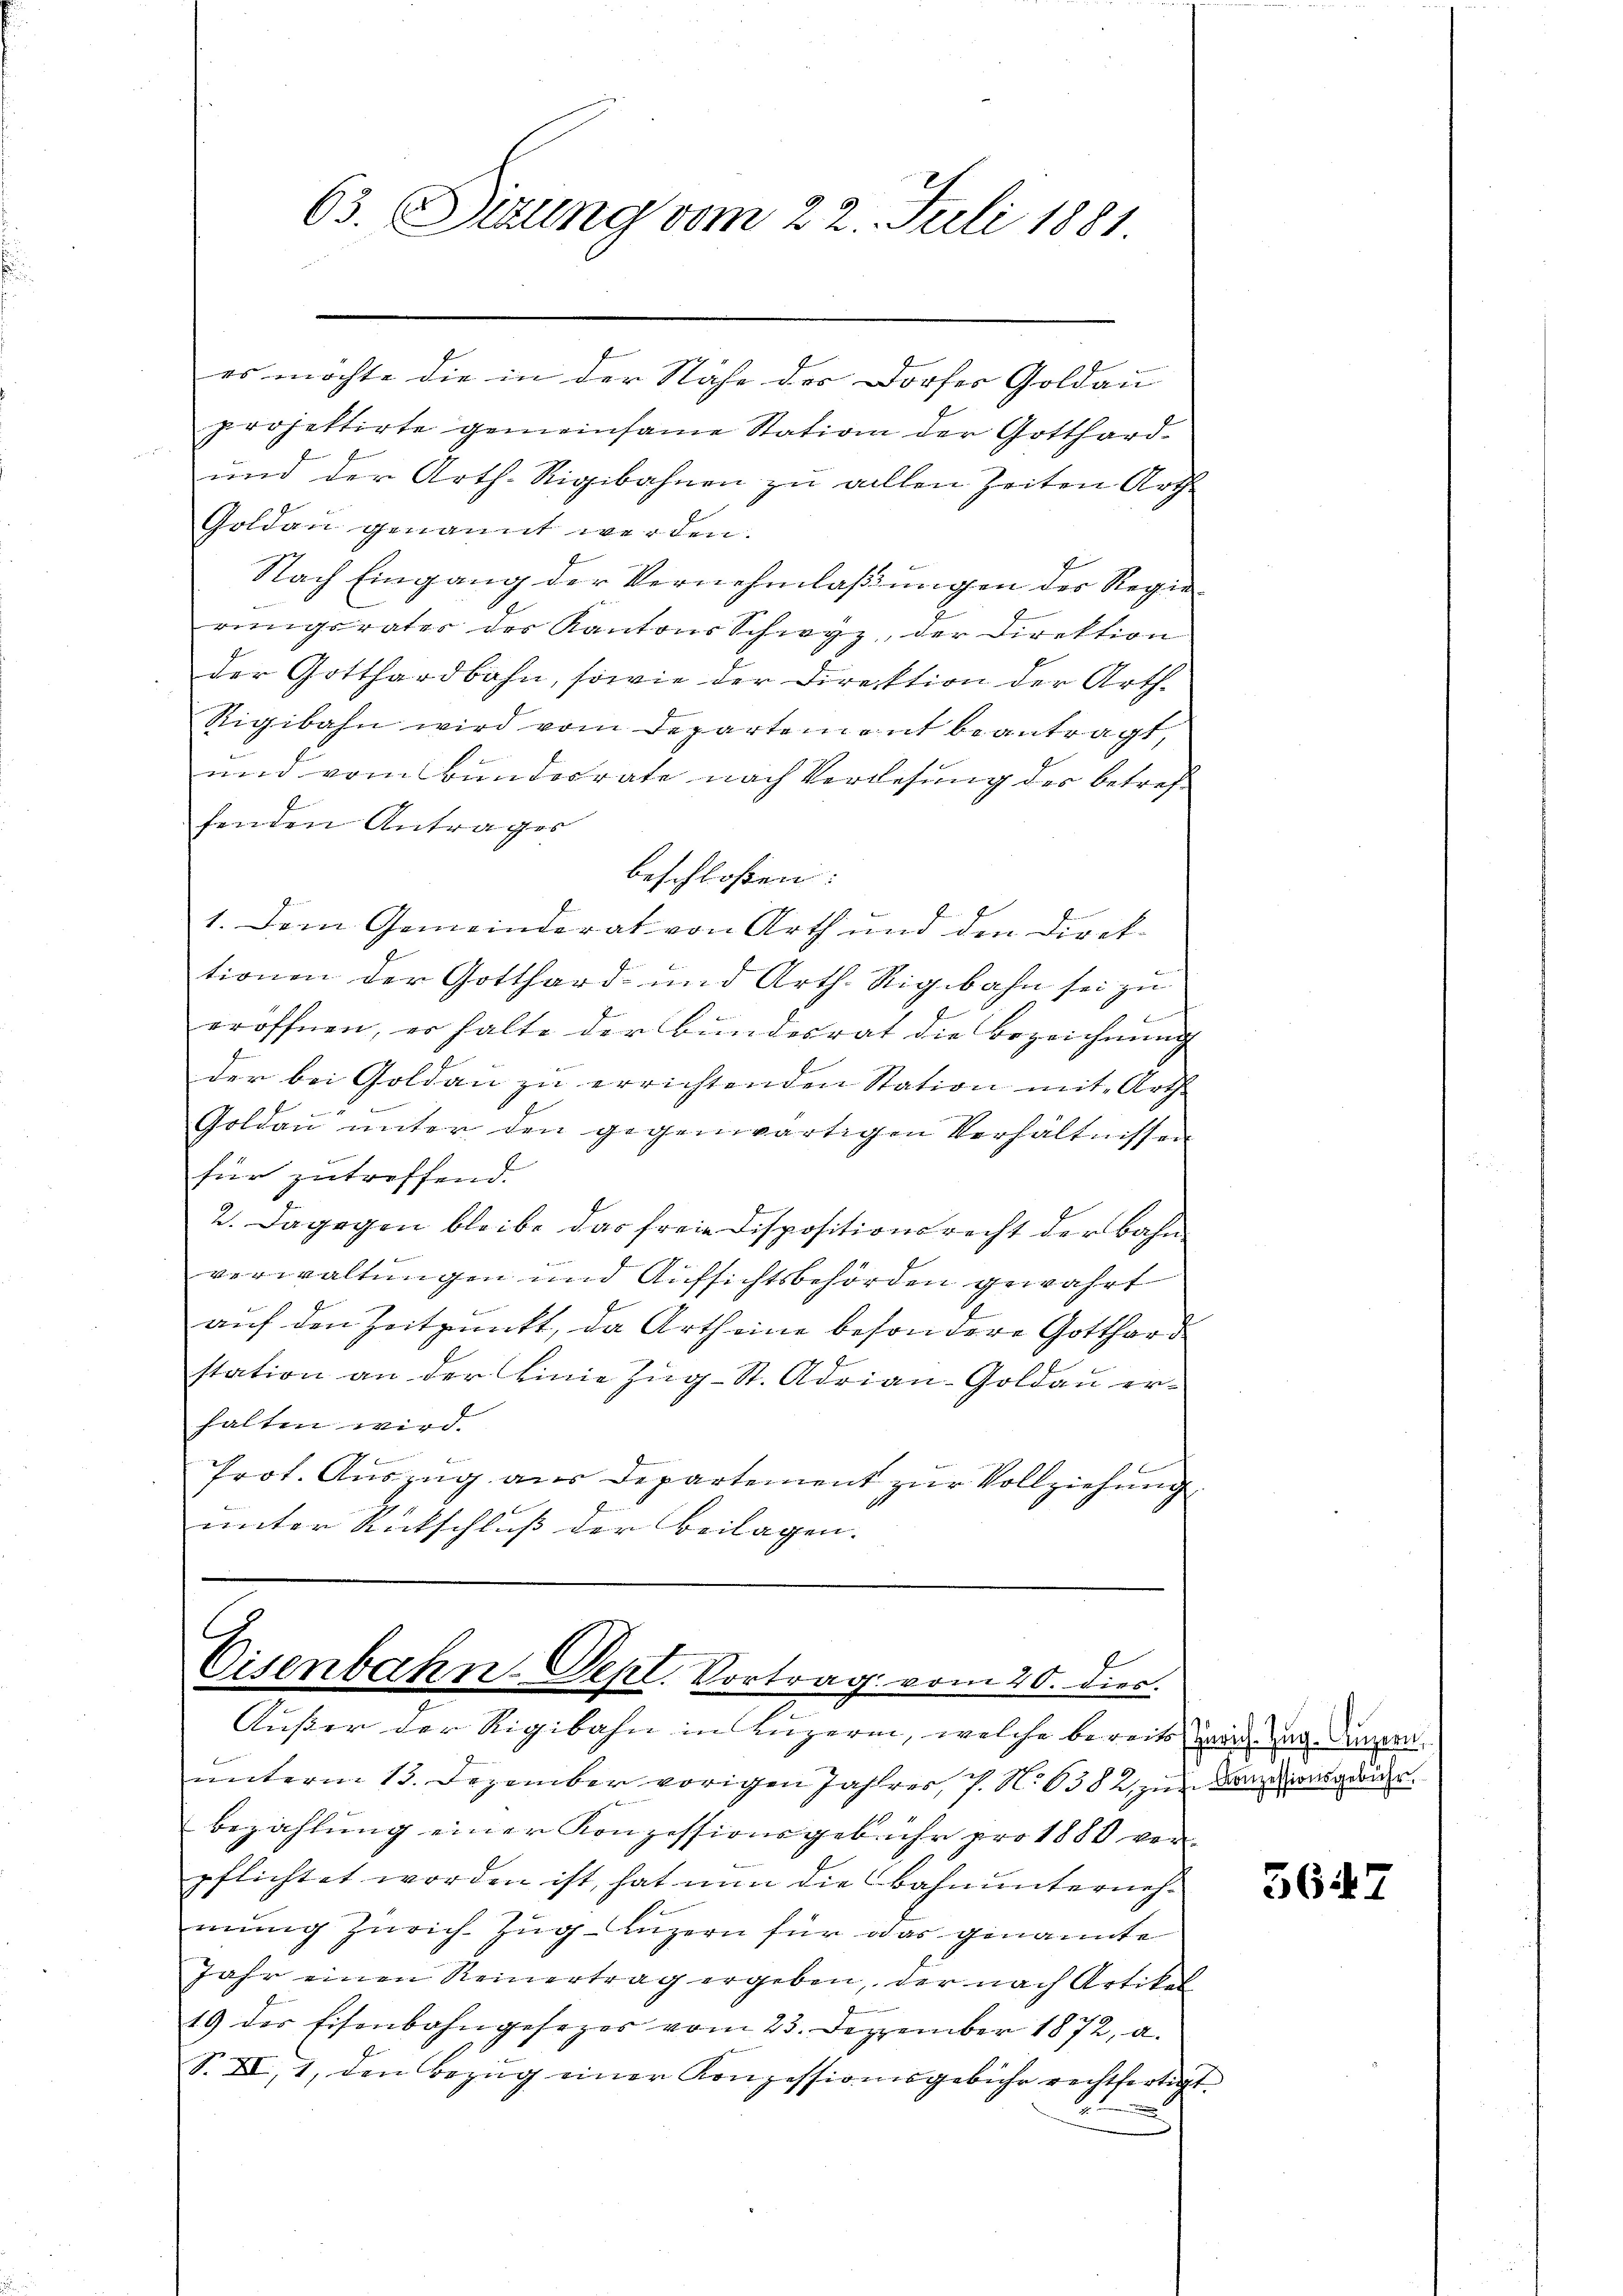
63. Sizung vom 22. Juli 1881

es möchte die in der Nähe des Dorfer Goldau
projektirte gemeinsame Station der Gotthard¬
und der Arth. Rigibahnen zu allen Zeiten Arth
Goldau genannt werden.
Nach Eingang der Vernehmlaßungen der Regierungsrater des Kantons Schwyz, der Direktion
der Gotthardbahn, sowie der Direktion der Arth.
Rigibahn wird vom Departement beantragt,
und vom Bundesrate nach Verlesung des betreffenden Antrages
beschloßen:
1. Dem Gemeinderat von Arth und den Direktionen der Gotthard- und Arth. Rigibahn sei zu
eröffnen, er halte der Bŭndesrat die Bezeichnŭng
der bei Goldaŭ zŭ errichtenden Station mit Arth
Goldau unter den gegenwärtigen Verhältnissen
für zutreffend.
2. Dagegen bleibe das freie Dispositionsrecht der Bahn
verwaltungen und Aufsichtsbehörden gewahrt
f
auf den Zeitpunkt, da Arth eine besondere Gotthard
station an der Einie Zug-St. Adrian-Goldau erhalten wird.
Prot. Auszug aus Departement zur Vollziehung
unter Rutschluß der Beilagen.

C
Cisenbahn-Depl. Vortrag vom 20. dies.

Äußer der Rigibahn in Luzern, welche bereits zwar an Dingern
unterm 13. Dezember vorigen Jahres, P. N. 382 zur Bauins georder
bezahlung einer Konzessionsgebühr pro 1880 ver-
pflichtet worden ist, hat nun die Bahnunternehmung Zürich–Zug–Luzern für das genannte
Jahr einen Reinertrag ergeben, der nach Artikel
19 des Eisenbahngesezer vom 23. Dezember 1872, a.
S. II, 1, den Bezŭg einer Konzessionisgebühr rechtfertigt.

5647